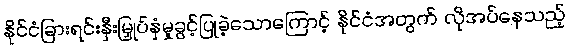
နိုင်ငံခြားရင်းနှီးမြှုပ်နှံမှုခွင့်ပြုခဲ့သောကြောင့် နိုင်ငံအတွက် လိုအပ်နေသည့်